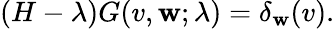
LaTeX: (H-\lambda)G(v,\mathbf{w};\lambda)=\delta_{\mathbf{w}}(v).